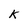
Character: k